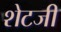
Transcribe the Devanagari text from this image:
शेटजी